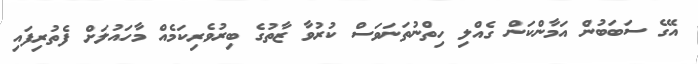
އޭގެ ސަބަބުން އަމާންކަން ގެއްލި ހިތްނުތަނަވަސް ކުރުވާ ޒާތުގެ ބިރުވެރިކަމެއް މާހައުލަށް ފެތުރިފައި